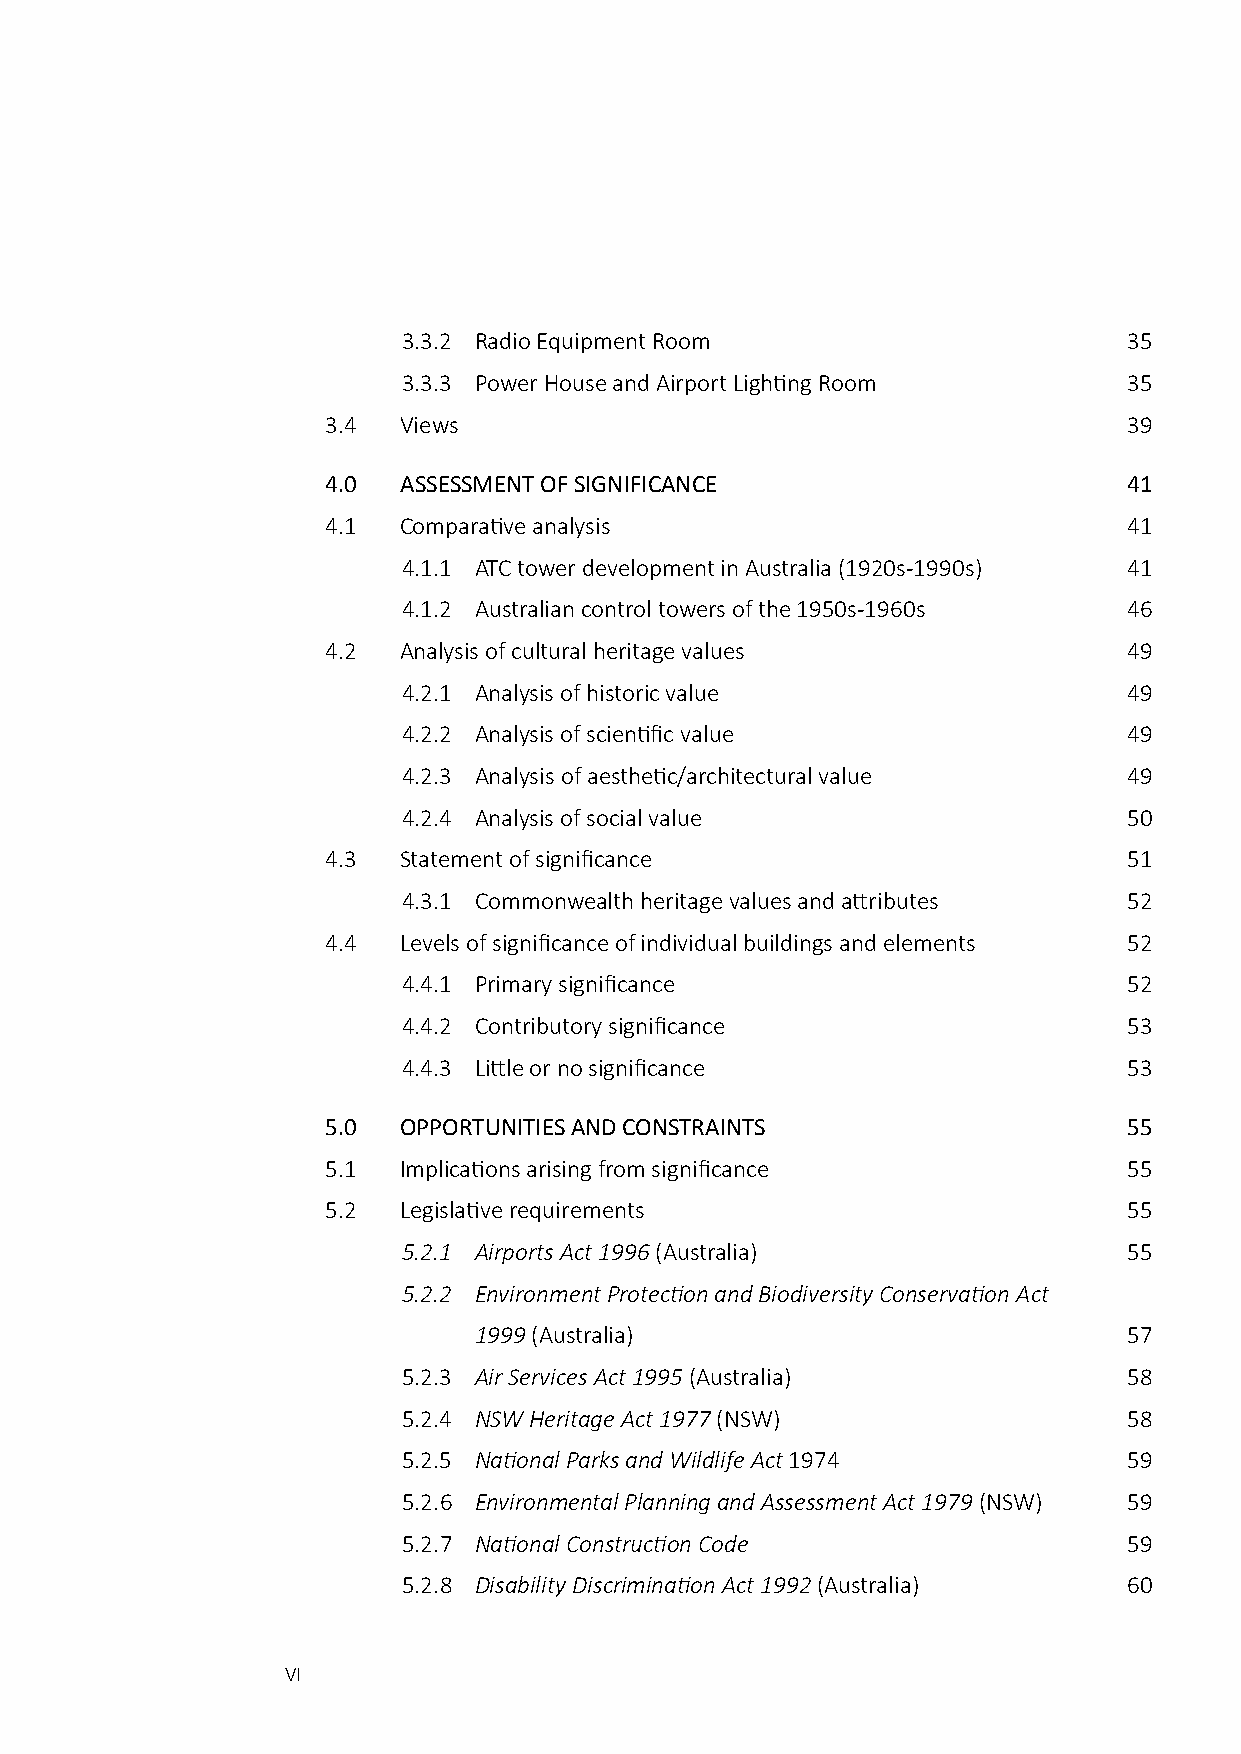
3.3.2 Radio Equipment Room                      35
 3.3.3 Power House and Airport Lighting Room     35
 3.4 Views                                            39
 4.0 ASSESSMENT OF SIGNIFICANCE                       41
 4.1 Comparative analysis                             41
 4.1.1 ATC tower development in Australia (1920s-1990s) 41
 4.1.2 Australian control towers of the 1950s-1960s 46
 4.2 Analysis of cultural heritage values             49
 4.2.1 Analysis of historic value                49
 4.2.2 Analysis of scientific value              49
 4.2.3 Analysis of aesthetic/architectural value 49
 4.2.4 Analysis of social value                  50
 4.3 Statement of significance                        51
 4.3.1 Commonwealth heritage values and attributes 52
 4.4 Levels of significance of individual buildings and elements 52
 4.4.1 Primary significance                      52
 4.4.2 Contributory significance                 53
 4.4.3 Little or no significance                 53
 5.0 OPPORTUNITIES AND CONSTRAINTS                    55
 5.1 Implications arising from significance           55
 5.2 Legislative requirements                         55
 5.2.1 Airports Act 1996 (Australia)             55
 5.2.2 Environment Protection and Biodiversity Conservation Act
 1999 (Australia)                            57
 5.2.3 Air Services Act 1995 (Australia)         58
 5.2.4 NSW Heritage Act 1977 (NSW)               58
 5.2.5 National Parks and Wildlife Act 1974      59
 5.2.6 Environmental Planning and Assessment Act 1979 (NSW) 59
 5.2.7 National Construction Code                59
 5.2.8 Disability Discrimination Act 1992 (Australia) 60
 VI